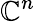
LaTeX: \mathbb{C}^{n}